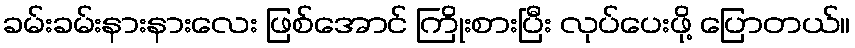
ခမ်းခမ်းနားနားလေး ဖြစ်အောင် ကြိုးစားပြီး လုပ်ပေးဖို့ ပြောတယ်။